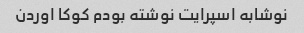
نوشابه اسپرایت نوشته بودم کوکا اوردن